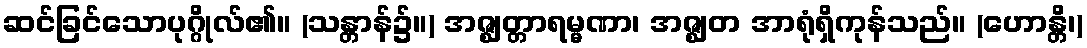
ဆင်ခြင်သောပုဂ္ဂိုလ်၏။ (သန္တာန်၌။) အဇ္ဈတ္တာရမ္မဏာ၊ အဇ္ဈတ အာရုံရှိကုန်သည်။ (ဟောန္တိ၊)